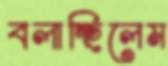
বলাচ্ছিলেম